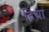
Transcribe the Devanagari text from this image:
दिघा